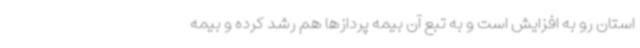
استان رو به افزایش است و به تبع آن بیمه پردازها هم رشد کرده و بیمه